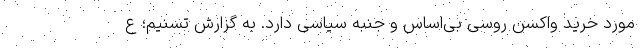
مورد خرید واکسن روسی بی‌اساس و جنبه سیاسی دارد. به گزارش تسنیم؛ ع